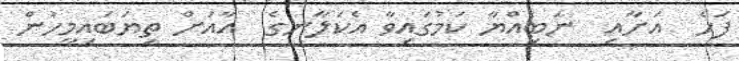
ފަހެ  އަށާއި  ނަބިއްޔާ ކަމުގައިވާ އެކަލާނގެ  އާއަށް ތިޔަބައިމީހުން